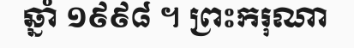
ឆ្នាំ ១៩៩៨ ។ ព្រះករុណា